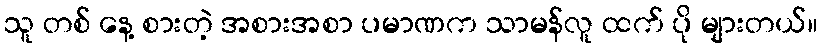
သူ တစ် နေ့ စားတဲ့ အစားအစာ ပမာဏက သာမန်လူ ထက် ပို များတယ်။